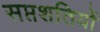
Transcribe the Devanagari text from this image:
सप्तशतियों